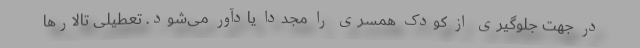
در جهت جلوگیری از کودک همسری را مجددا یادآور می‌شود. تعطیلی تالارها